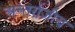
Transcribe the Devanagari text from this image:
अन्तर्राजीय